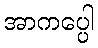
အာကပ္ပေါ